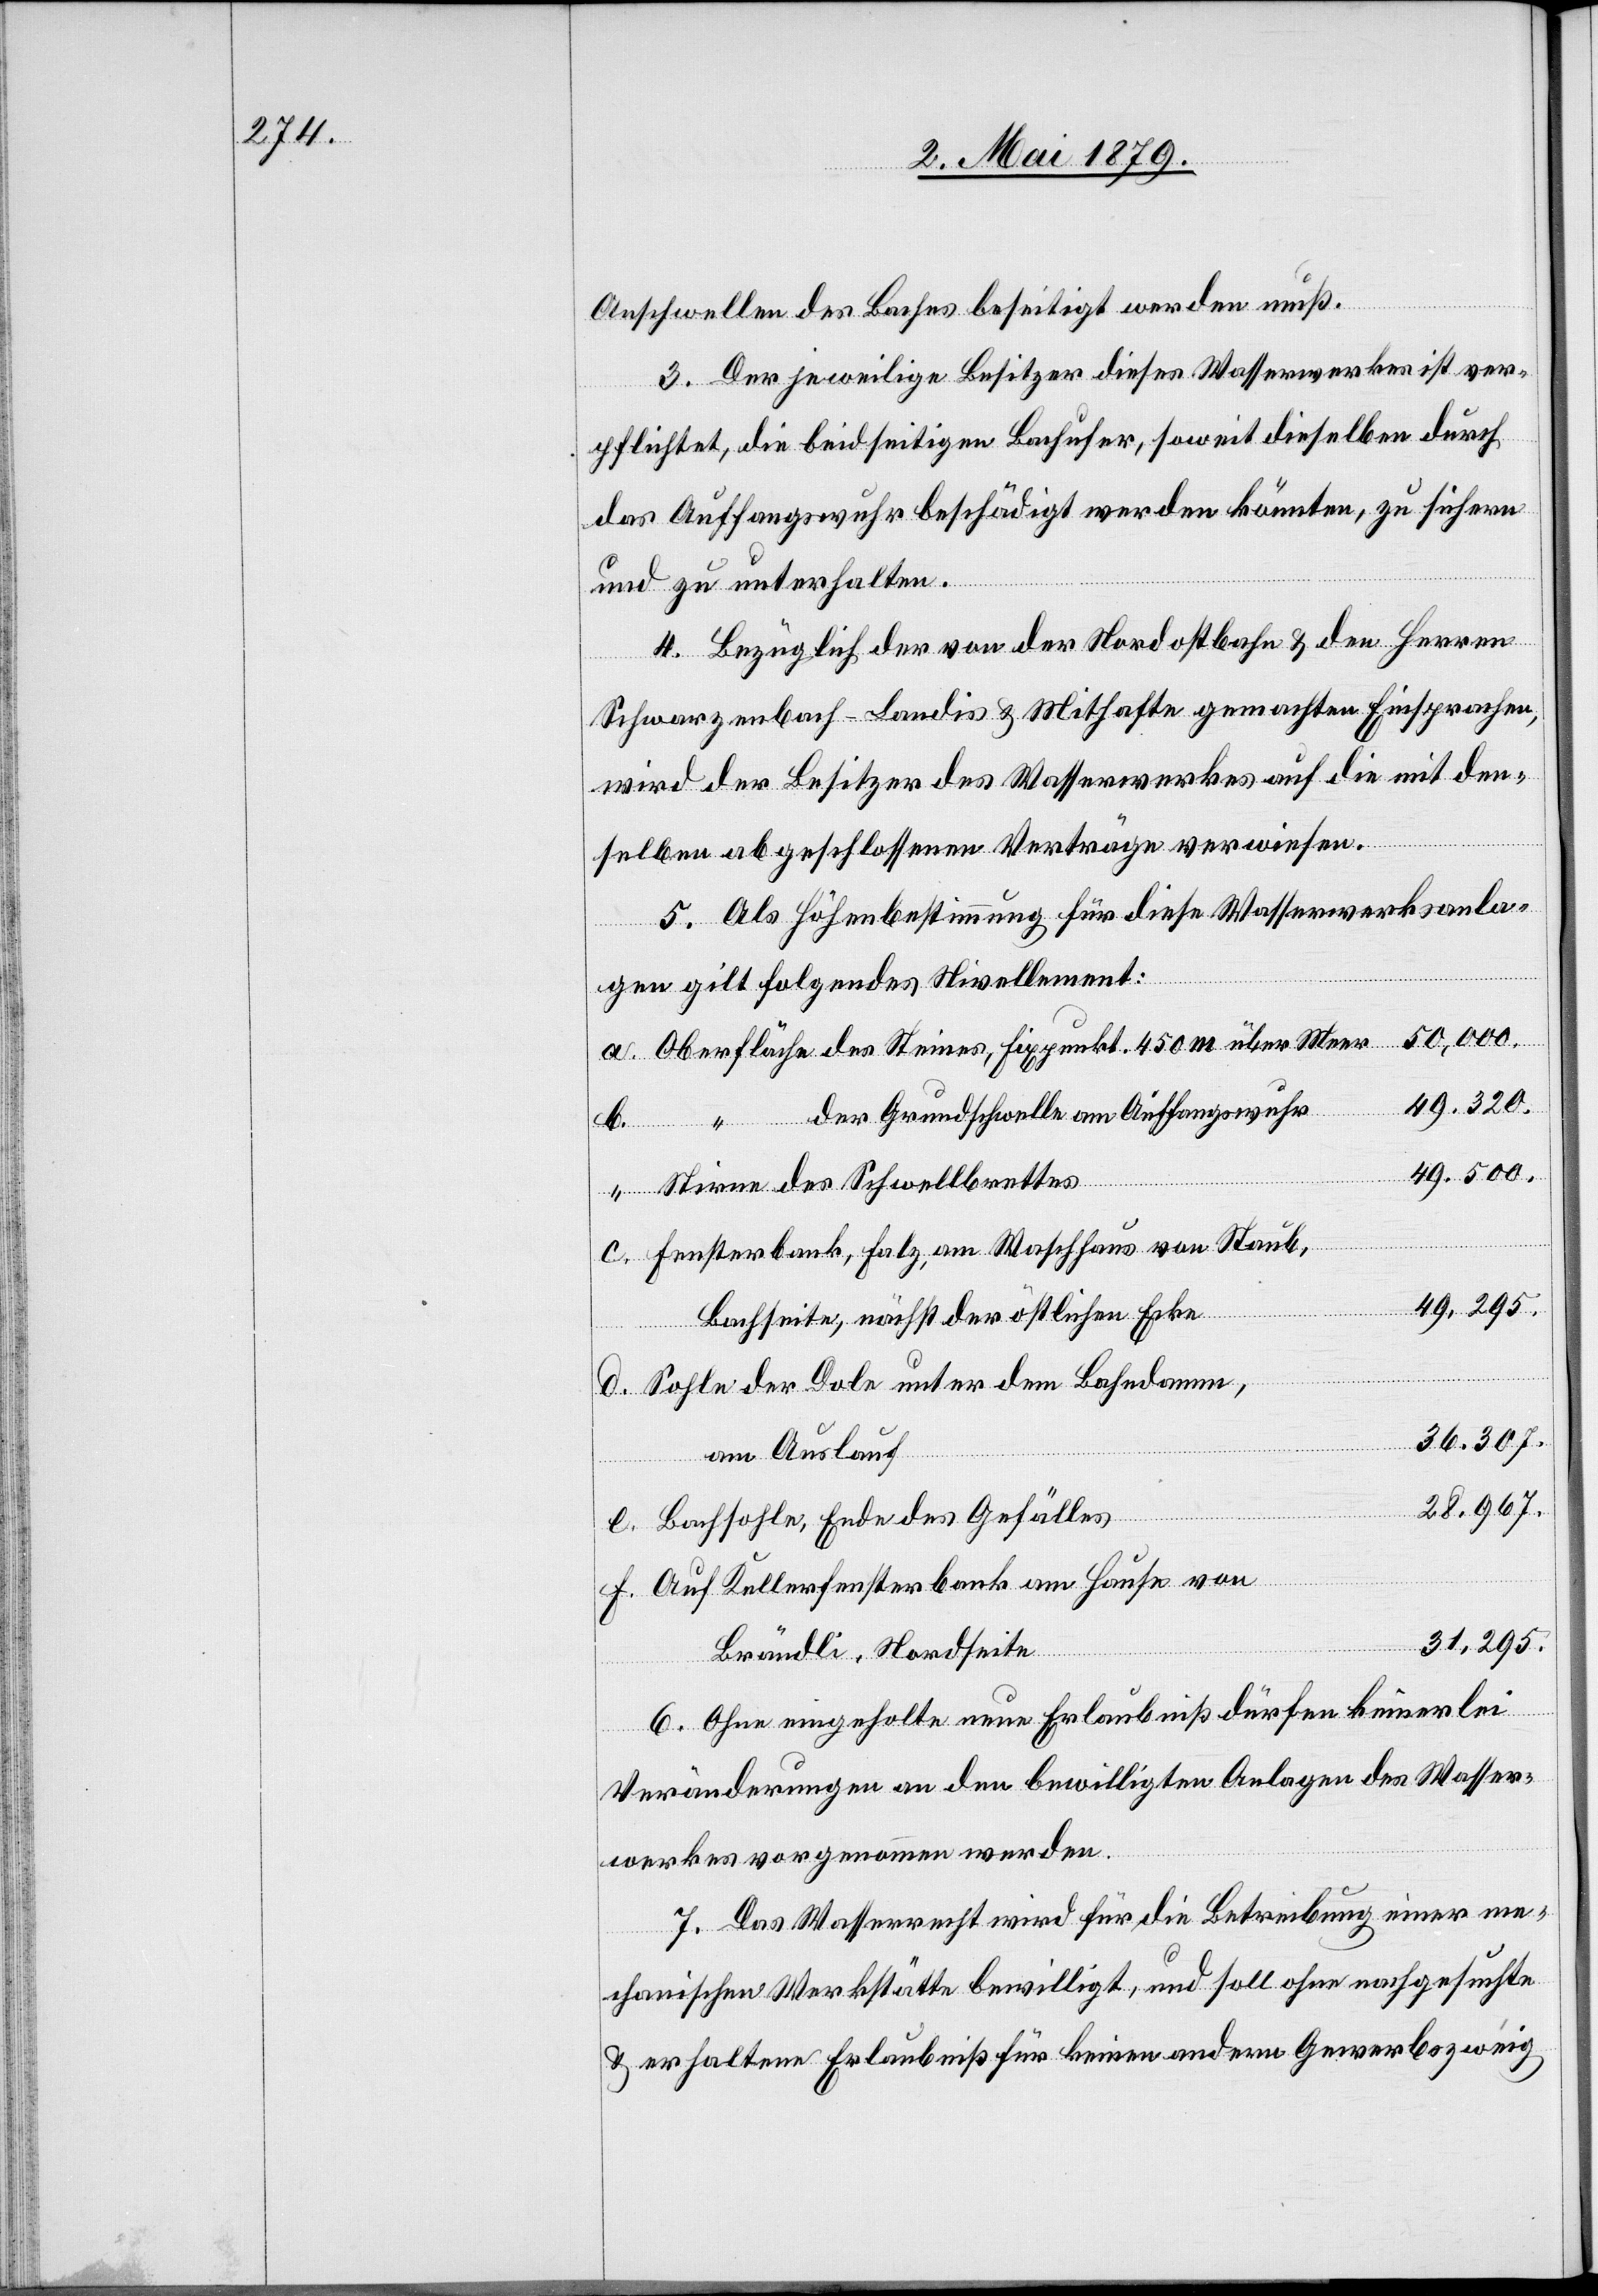
Anschwellen des Baches beseitigt werden muß.
3. Der jeweilige Besitzer dieses Wasserwerkes ist ver¬
pflichtet, die beidseitigen Bachufer, soweit dieselben durch
das Auffangswuhr beschädigt werden könnten, zu sichern
und zu unterhalten.
4. Bezüglich der von der Nordostbahn & den Herren
Schwarzenbach-Landis & Mithafte gemachten Einsprachen,
wird der Besitzer des Wasserwerkes auf die mit den¬
selben abgeschlossenen Verträge verwiesen.
5. Als Höhenbestimmung für diese Wasserwerksanla¬
gen gilt folgendes Nivellement:
50,000.
Oberfläche des Steines, Fixpunkt 450 m über Meer
49,320.
“ der Grundschwelle am Auffangswuhr
b.
49,500.
Stirne des Schwellbrettes
Fensterbank, Falz, am Waschhaus von Staub,
49,295.
Bachseite, nächst der östlichen Ecke
Sohle der Dole unter dem Bahndamm,
36,307.
f.
am Auslauf
28,967.
Bachsohle, Ende des Gefälles
Auf Kellerfensterbank am Hause von
31,295.
Brändli, Nordseite
6. Ohne eingeholte neue Erlaubniß dürfen keinerlei
Veränderungen an den bewilligten Anlagen des Wasser¬
werkes vorgenommen werden.
7. Das Wasserrecht wird für die Betreibung einer me¬
chanischen Werkstätte bewilligt, und soll ohne nachgesuchte
& erhaltene Erlaubniß für keinen andern Gewerbszweig